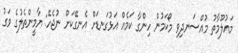
މައުލޫމާތު މުއްސަނދިވި މޯކަމުން ހިންގާ ކަމެއް އަޅުގަނޑަށް އެނގޭކަށް ނުޖެހޭ: ޔާމީންތެލުގެ ވަގު